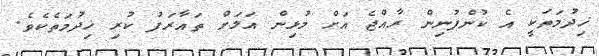
ޚިދުމަތަކީ އެ ކުންފުނިން ރާއްޖެ އަށް މުޅިން އަލަށް ތައާރަފު ކުރި ޚިދުމަތެކެވެ.